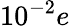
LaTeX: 10^{-2}e